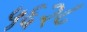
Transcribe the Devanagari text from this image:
५६२८